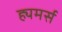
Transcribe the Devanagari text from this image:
ह्यमर्स